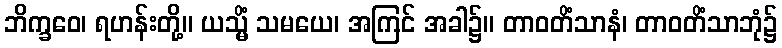
ဘိက္ခဝေ၊ ရဟန်းတို့။ ယသ္မိံ သမယေ၊ အကြင် အခါ၌။ တာဝတိံသာနံ၊ တာဝတိံသာဘုံ၌